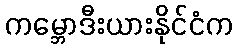
ကမ္ဘောဒီးယားနိုင်ငံက